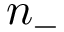
n _ { - }